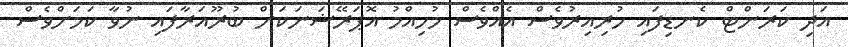
އަދި ކަރަންޓް ކެނޑިފައި ހުރިއިރުވެސް އެއްވެސް މުހިއްމު އޮޕަރޭޝަނަކަށް ބުރޫއަރާފައި ނުވާ ކަމަށްވެސް